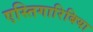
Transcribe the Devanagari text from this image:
एस्तिगारिबिया